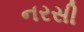
નરસી